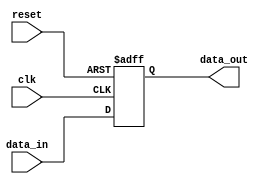
module async_reset_behavioral (
    input wire clk,          // Clock signal
    input wire reset,        // Asynchronous reset signal
    input wire [7:0] data_in, // Data input signal
    output reg [7:0] data_out // Data output signal
);

// Always block sensitive to the reset and clock
always @(posedge clk or posedge reset) begin
    if (reset) begin
        // Asynchronous reset: set output to zero
        data_out <= 8'b0; // Reset state
    end else begin
        // On clock edge, update output with input data
        data_out <= data_in; // Capture input data
    end
end

endmodule